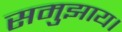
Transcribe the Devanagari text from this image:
समुझाय।